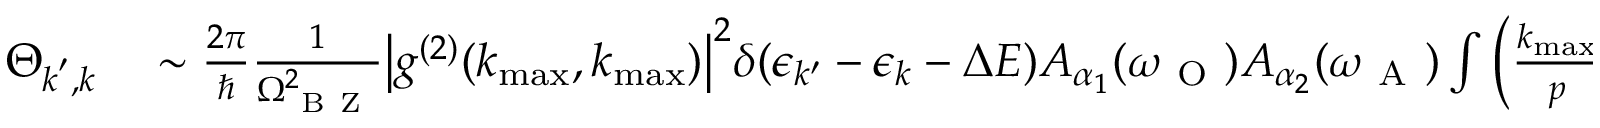
\begin{array} { r l } { \Theta _ { \boldsymbol { k } ^ { \prime } , \boldsymbol { k } } } & { { } \sim \frac { 2 \pi } { \hbar } \frac { 1 } { \Omega _ { \mathrm { ~ B ~ Z ~ } } ^ { 2 } } \big | g ^ { ( 2 ) } ( k _ { \operatorname* { m a x } } , k _ { \operatorname* { m a x } } ) \big | ^ { 2 } \delta ( \epsilon _ { k ^ { \prime } } - \epsilon _ { k } - \Delta E ) A _ { \alpha _ { 1 } } ( \omega _ { \mathrm { ~ O ~ } } ) A _ { \alpha _ { 2 } } ( \omega _ { \mathrm { ~ A ~ } } ) \int \Big ( \frac { k _ { \operatorname* { m a x } } } { p } \Big ) ^ { 2 } d ^ { 3 } \boldsymbol { p } } \end{array}